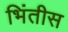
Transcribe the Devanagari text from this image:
भिंतीस